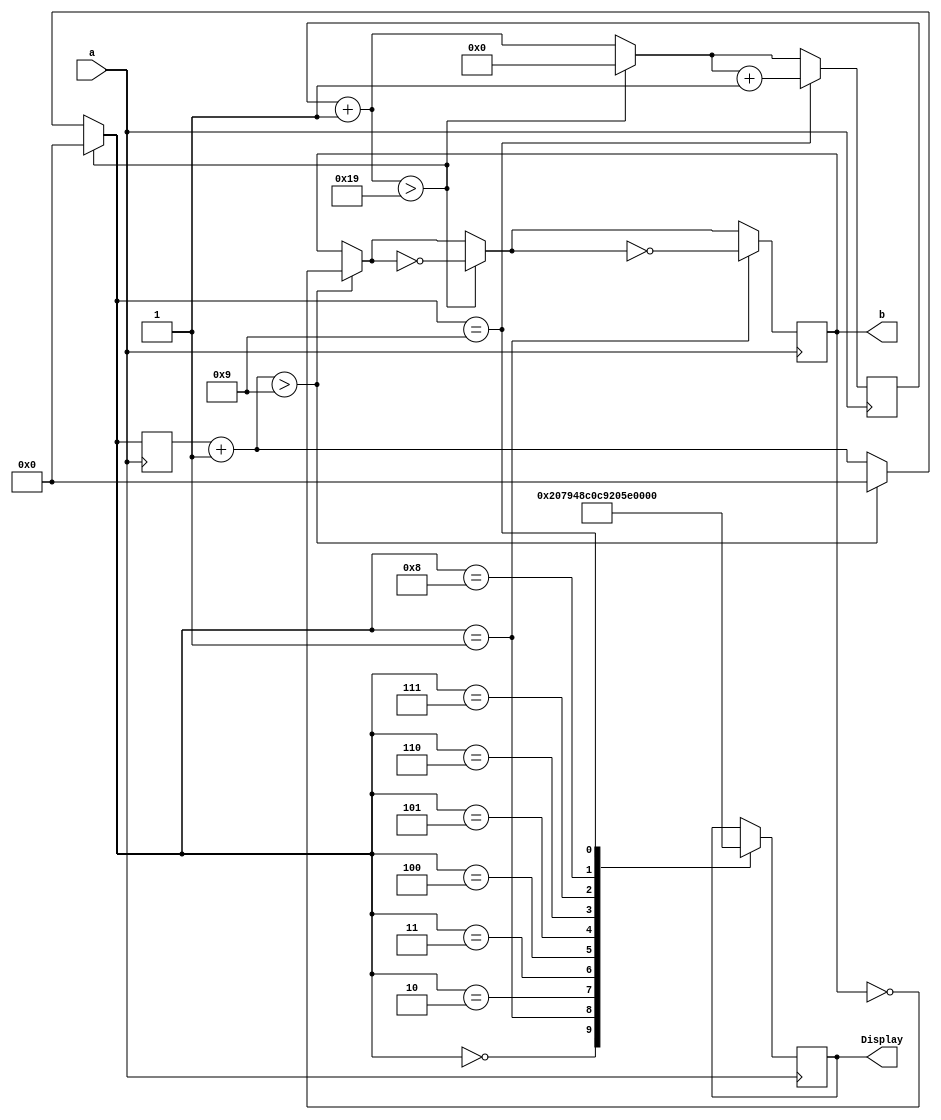
//This program lets the units at the end of the clock adjust to start over

module units_end (input a, output reg [6:0] Display, output reg b);
reg [3:0] conta;
reg [5:0] conta2;

always @(negedge a)
begin
	conta=conta+1;
	conta2=conta2+1;
	if (conta>9)
	begin
		conta=0;
		b=~b;
	end
	if(conta2>25)
	begin
	conta=0;
	conta2=0;
	b=~b;
	end
	case (conta)
	4'b0000:
	begin
		Display=7'b1000000;
	end
	4'b0001:
	begin
		Display=7'b1111001;
		b=~b;
	end
	4'b0010:
	begin
		Display=7'b0100100;
	end
	4'b0011:
	begin
		Display=7'b0110000;
	end
	4'b0100:
	begin
		Display=7'b0011001;
	end
	4'b0101:
	begin
		Display=7'b0010010;
	end
	4'b0110:
	begin
		Display=7'b0000010;
	end
	4'b0111:
	begin
		Display=7'b1111000;
	end
	4'b1000:
	begin
		Display=7'b0000000;
	end
	4'b1001:
	begin
		Display=7'b0010000;
		conta2= conta2+1;
	end
	endcase
	
	
end
endmodule